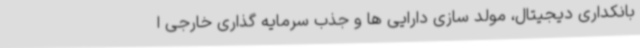
بانکداری دیجیتال،‌ مولد سازی دارایی ها و جذب سرمایه گذاری خارجی ا